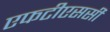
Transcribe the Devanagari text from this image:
एफटीएससी